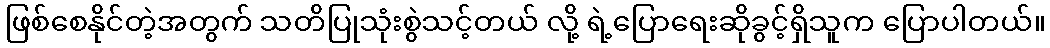
ဖြစ်စေနိုင်တဲ့အတွက် သတိပြုသုံးစွဲသင့်တယ် လို့ ရဲ့ပြောရေးဆိုခွင့်ရှိသူက ပြောပါတယ်။